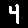
Digit: 4